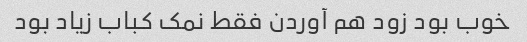
خوب بود زود هم آوردن فقط نمک کباب زیاد بود